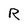
Character: R